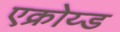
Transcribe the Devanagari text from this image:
एक्रोय्ड